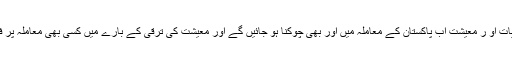
دنیا بھر کے ماہرینِ مالیات او ر معیشت اب پاکستان کے معاملہ میں اور بھی چوکنا ہو جائیں گے اور معیشت کی ترقی کے بارے میں کسی بھی معاملہ پر فوراً یقین نہیں کریں گے۔